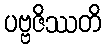
ပဗ္ဗဇိဿတိ